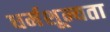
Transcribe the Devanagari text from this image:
धर्मशून्यता